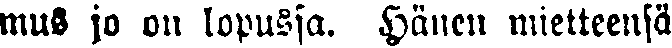
mus jo on lopussa. Hänen mietteensä